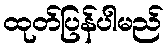
ထုတ်ပြန်ပါမည်